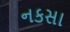
નકસા